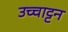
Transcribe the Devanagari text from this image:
उच्चाट्टन